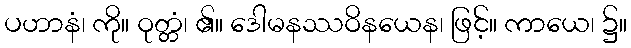
ပဟာနံ၊ ကို။ ဝုတ္တံ၊ ၏။ ဒေါမနဿဝိနယေန၊ ဖြင့်။ ကာယေ၊ ၌။